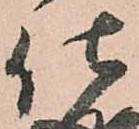
仕